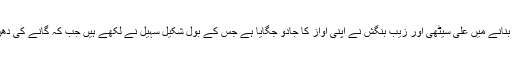
فلم کے جاری کردہ اس گیت کو خوبصورت بنانے میں علی سیٹھی اور زیب بنگش نے اپنی آواز کا جادو جگایا ہے جس کے بول شکیل سہیل نے لکھے ہیں جب کہ گانے کی دھن آذان سمیع خان اور سعد سلطان نے دی ہے۔